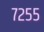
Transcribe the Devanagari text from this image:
७२५५